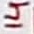
Text: 14